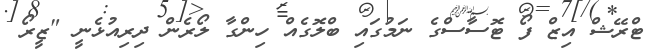
ޓްރޭޝް އިޒް ފޯ ޓޮސާސްގެ ނަމުގައި ބްލޮގެއް ހިންގާ ލޯރެން ދިރިއުޅެނީ "ޒީރޯ